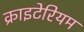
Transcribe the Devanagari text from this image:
क्राइटेरियम